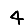
Digit: 4